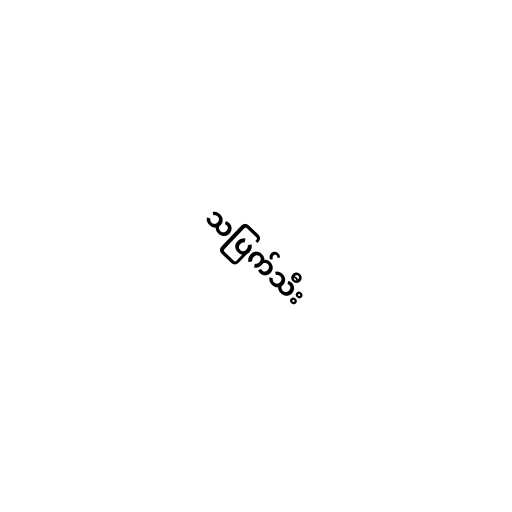
သပြက်သီး